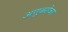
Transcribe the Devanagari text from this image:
अणूबरोबर